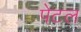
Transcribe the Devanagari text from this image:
पेटल